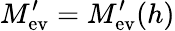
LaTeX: M_{\mathrm{ev}}^{\prime}=M_{\mathrm{ev}}^{\prime}(h)